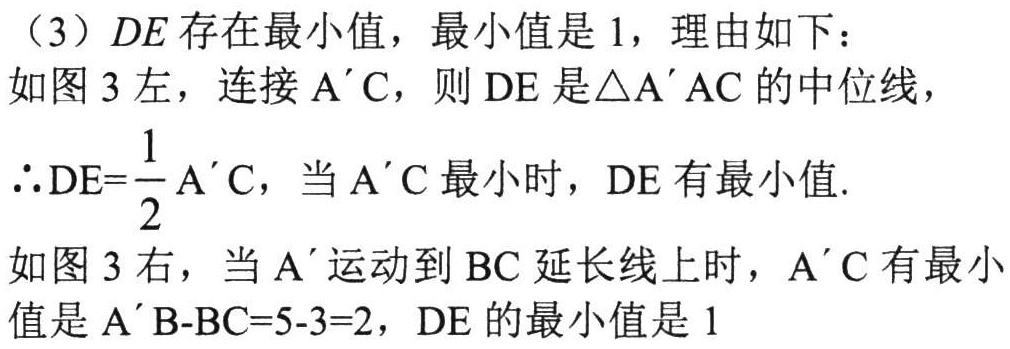
（3）\(DE\)存在最小值，最小值是 \(1\)，理由如下：
如图 \(3\) 左，连接 \(A'C\)，则 \(DE\) 是\(\triangle A'AC\) 的中位线，
\(\therefore DE = \dfrac{1}{2}A'C\)，当 \(A'C\) 最小时，\(DE\) 有最小值.
如图 \(3\) 右，当 \(A'\) 运动到 \(BC\) 延长线上时，\(A'C\) 有最小值是 \(A'B - BC = 5 - 3 = 2\)，\(DE\) 的最小值是 \(1\)